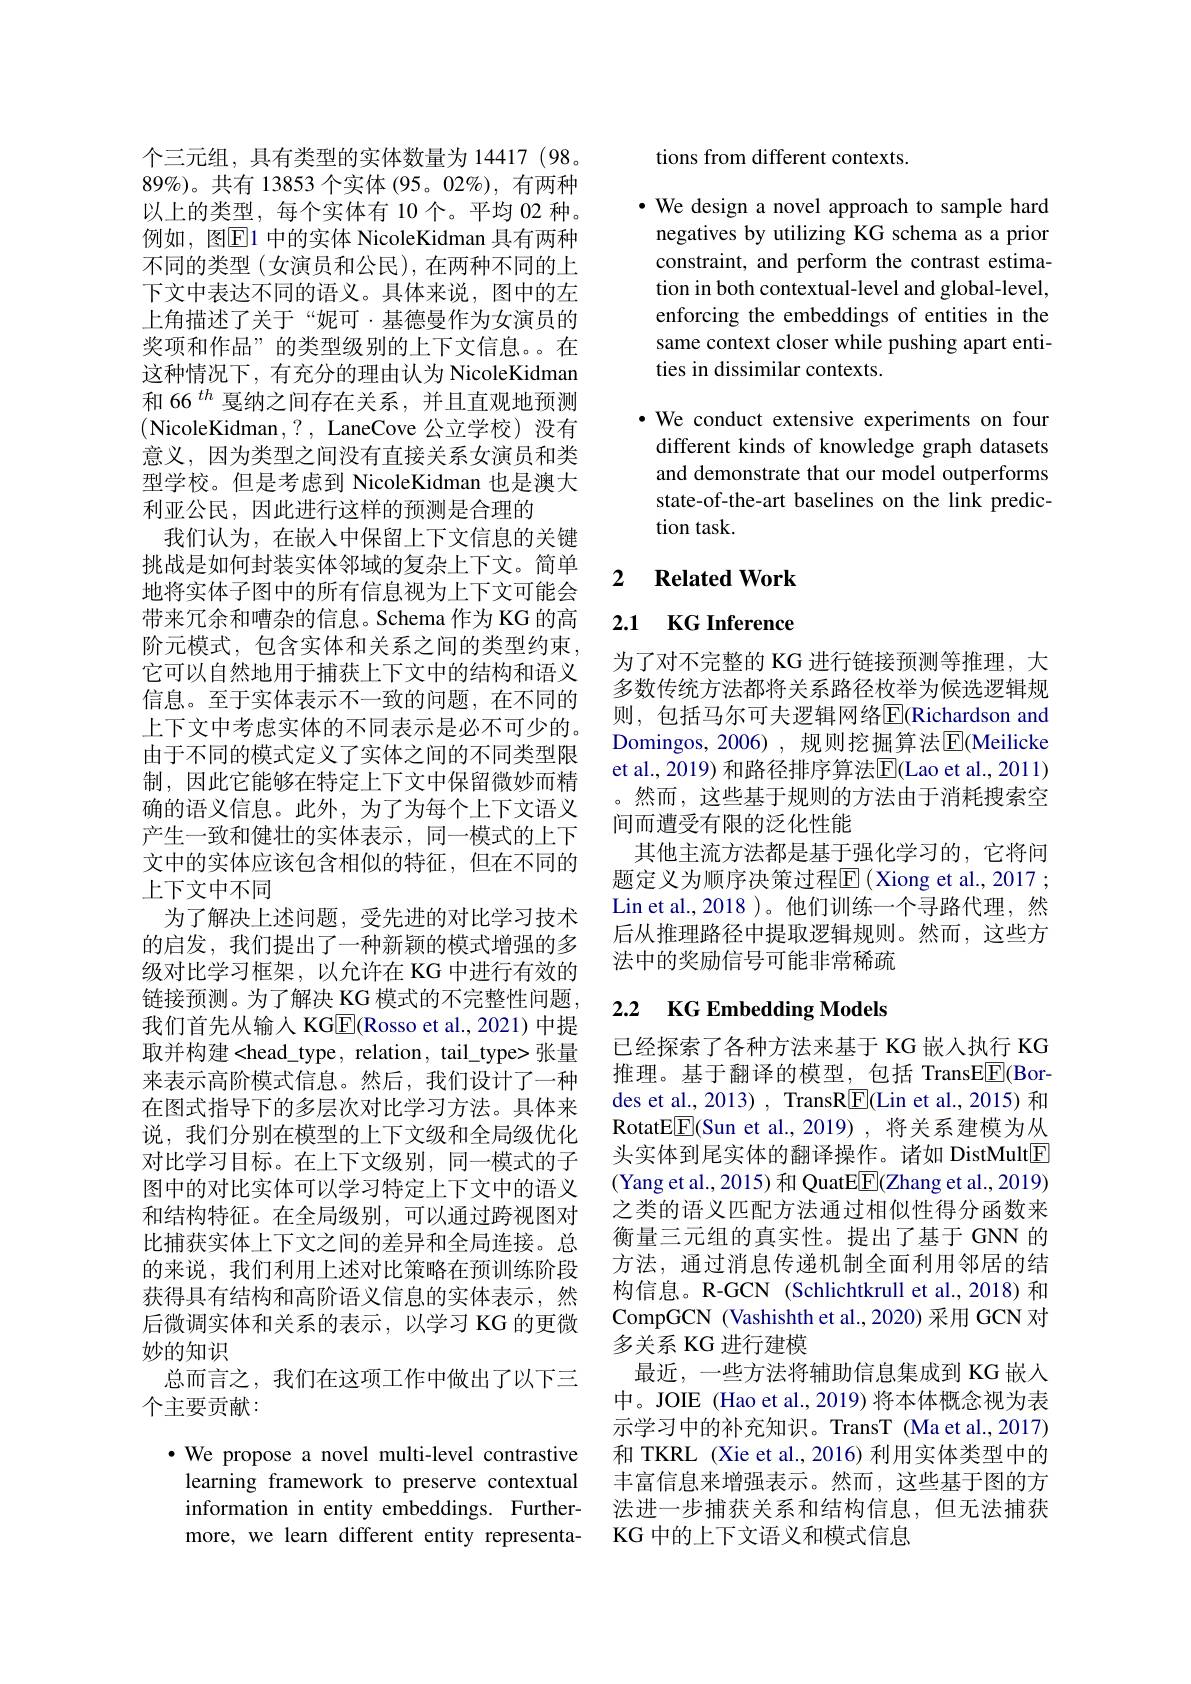
个三元组，具有类型的实体数量为 14417 (98。$89\%$)。共有 13853 个实体 (95。02%), 有两种以上的类型，每个实体有 10个。平均 02 种。例如，图$\mathbb{E}$1 中的实体 NicoleKidman 具有两种不同的类型(女演员和公民),在两种不同的上下文中表达不同的语义。具体来说，图中的左上角描述了关于“妮可·基德曼作为女演员的奖项和作品”的类型级别的上下文信息。在这种情况下，有充分的理由认为 NicoleKidmam 和 66$^{th}$戛纳之间存在关系，并且直观地预测(NicoleKidman,?, LaneCove 公立学校)没有意义，因为类型之间没有直接关系女演员和类型学校。但是考虑到 NicoleKidman 也是澳大利亚公民，因此进行这样的预测是合理的
我们认为，在嵌入中保留上下文信息的关键挑战是如何封装实体邻域的复杂上下文。简单地将实体子图中的所有信息视为上下文可能会带来冗余和嘈杂的信息。Schema 作为 KG 的高阶元模式，包含实体和关系之间的类型约束， 它可以自然地用于捕获上下文中的结构和语义信息。至于实体表示不一致的问题，在不同的上下文中考虑实体的不同表示是必不可少的。由于不同的模式定义了实体之间的不同类型限制，因此它能够在特定上下文中保留微妙而精确的语义信息。此外，为了为每个上下文语义产生一致和健壮的实体表示，同一模式的上下文中的实体应该包含相似的特征，但在不同的上下文中不同
为了解决上述问题，受先进的对比学习技术的启发，我们提出了一种新颖的模式增强的多级对比学习框架，以允许在 KG 中进行有效的链接预测。为了解决 KG 模式的不完整性问题， 我们首先从输入 KG$\overline{\mathrm{E}}($Rosso et al.,2021)中提取并构建<head\_type, relation, tail\_type> 张量来表示高阶模式信息。然后，我们设计了一种在图式指导下的多层次对比学习方法。具体来说，我们分别在模型的上下文级和全局级优化对比学习目标。在上下文级别，同一模式的子图中的对比实体可以学习特定上下文中的语义和结构特征。在全局级别，可以通过跨视图对比捕获实体上下文之间的差异和全局连接。总的来说，我们利用上述对比策略在预训练阶段获得具有结构和高阶语义信息的实体表示，然后微调实体和关系的表示，以学习 KG 的更微妙的知识
总而言之，我们在这项工作中做出了以下三
个主要贡献：
$\cdot$ We propose a novel multi-level contrastive learning framework to preserve contextual

information in entity embeddings. Furthermore, we learn different entity representa-

tions from different contexts.

$\cdot$ We design a novel approach to sample hard negatives by utilizing KG schema as a prior constraint, and perform the contrast estimation in both contextual-level and global-level, enforcing the embeddings of entities in the same context closer while pushing apart entities in dissimilar contexts.

·We conduct extensive experiments on four different kinds of knowledge graph datasets and demonstrate that our model outperforms state-of-the-art baselines on the link prediction task

## 2 Related Work

2.1 KG Inference

为了对不完整的 KG 进行链接预测等推理，大多数传统方法都将关系路径枚举为候选逻辑规则，包括马尔可夫逻辑网络$\overline{\mathrm{E}}$(Richardson and Domingos, 2006) , 规则挖掘算法$\operatorname{E}($Meilicke et al., 2019) 和路径排序算法$\overline{\mathrm{E}}($Lao et al., 2011) 然而，这些基于规则的方法由于消耗搜索空间而遭受有限的泛化性能
其他主流方法都是基于强化学习的，它将问题定义为顺序决策过程$\overline{\mathrm{E}}\left(\text{Xiong et al.,2017}\right.;$ Lin et al., 2018 )。他们训练一个寻路代理，然后从推理路径中提取逻辑规则。然而，这些方法中的奖励信号可能非常稀疏

## 2.2 KG Embedding Models

已经探索了各种方法来基于 KG 嵌入执行 KG 推理。基于翻译的模型，包括 TransE$\underline{\mathrm{F}}($Bordes et al., 2013) , TransR[E](Lin et al., 2015) 和RotatE$\underline{\mathrm{E}}($Sun et al.,2019),将关系建模为从头实体到尾实体的翻译操作。诸如 DistMult$\boxed{\mathrm{F}}$ (Yang et al., 2015) 和 QuatE$\boxed{\mathrm{F}}($Zhang et al., 2019) 之类的语义匹配方法通过相似性得分函数来衡量三元组的真实性。提出了基于 GNN 的方法，通过消息传递机制全面利用邻居的结构信息。R-GCN (Schlichtkrull et al., 2018) 和CompGCN (Vashishth et al.,2020) 采用 GCN 对多关系 KG 进行建模
最近，一些方法将辅助信息集成到 KG 嵌入中。JOIE (Hao et al., 2019) 将本体概念视为表示学习中的补充知识。TransT (Maet al.,2017) 和 TKRL (Xie et al., 2016) 利用实体类型中的丰富信息来增强表示。然而，这些基于图的方法进一步捕获关系和结构信息，但无法捕获KG 中的上下文语义和模式信息